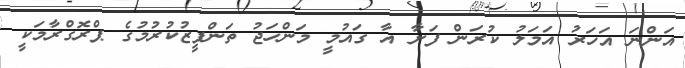
އަންނަ އަހަރު އަމަލު ކުރަން ފަށާ އާ ގައުމީ މަންހަޖު ތަންފީޒުކުރުމުގެ ޕްރޮގްރާމަކީ